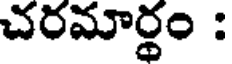
చరమార్థం :